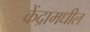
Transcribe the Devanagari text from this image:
केंद्रामधील